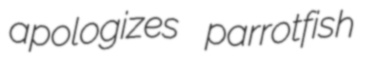
apologizes parrotfish